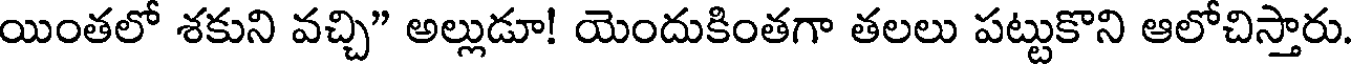
యింతలో శకుని వచ్చి" అల్లుడూ! యెందుకింతగా తలలు పట్టుకొని ఆలోచిస్తారు.